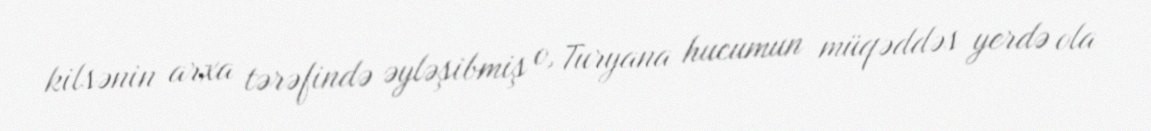
kilsənin arxa tərəfində əyləşibmiş o, Turyana hucumun müqəddəs yerdə ola